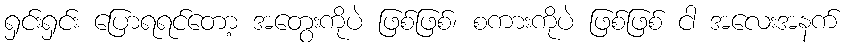
ရှင်းရှင်း ပြောရရင်တော့ အတွေးကိုပဲ ဖြစ်ဖြစ်၊ စကားကိုပဲ ဖြစ်ဖြစ် ငါ အလေးအနက်